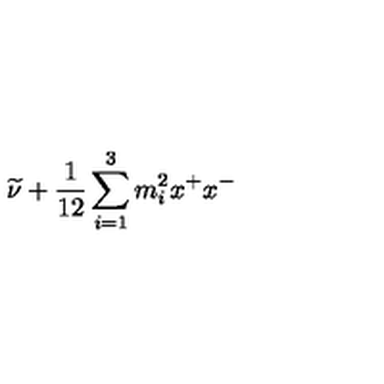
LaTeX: { \widetilde \nu } + \frac { 1 } { 1 2 } \sum _ { i = 1 } ^ { 3 } m _ { i } ^ { 2 } x ^ { + } x ^ { - }